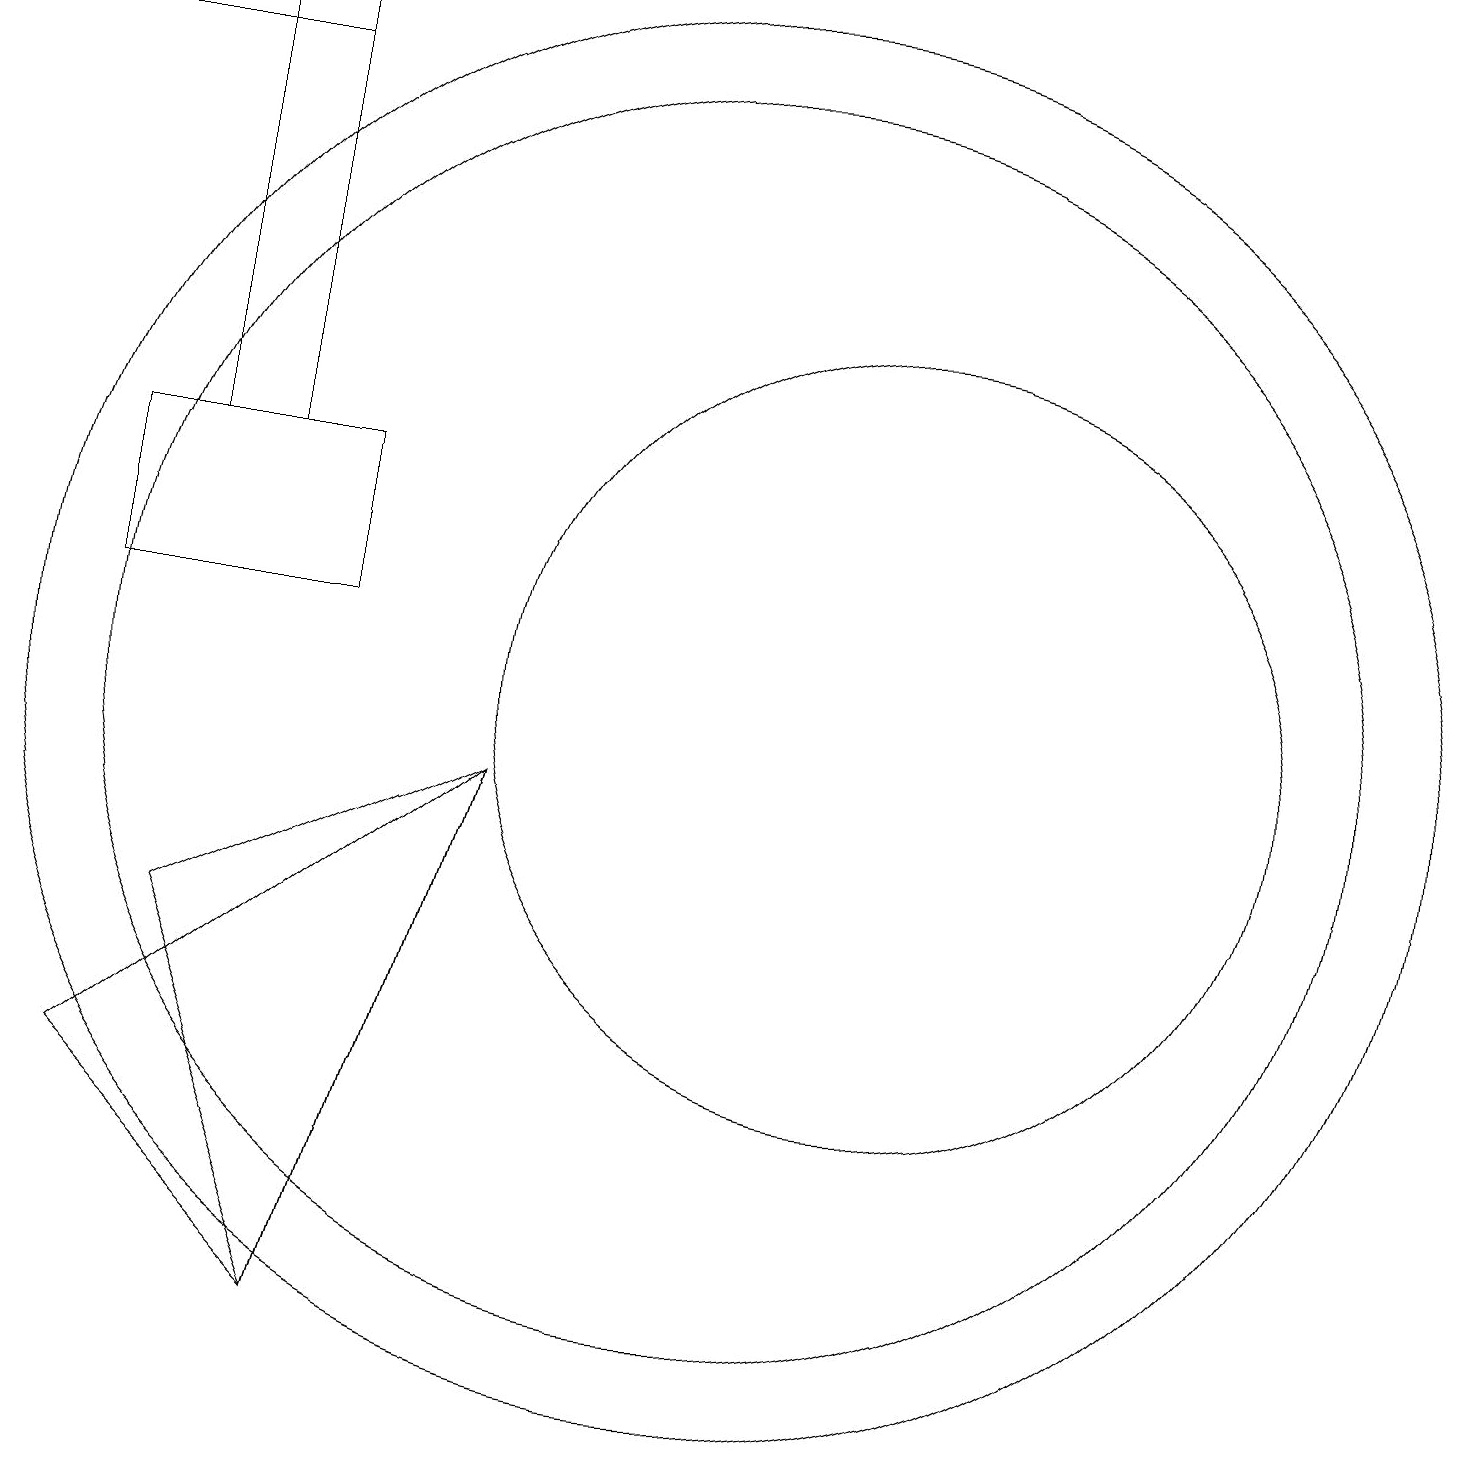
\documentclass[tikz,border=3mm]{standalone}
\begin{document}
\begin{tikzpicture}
\draw (12,10) circle (5);
\draw (4,13) rectangle (3,19);
\draw (1,19) rectangle (4,18);
\draw (10,10) circle (9);
\draw (2,5) -- (5,2) -- (7,9) -- cycle;
\draw (3,7) -- (5,2) -- (7,9) -- cycle;
\draw (10,10) circle (8);
\draw (2,13) rectangle (5,11);
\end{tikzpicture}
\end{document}